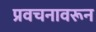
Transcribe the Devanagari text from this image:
प्रवचनावरून